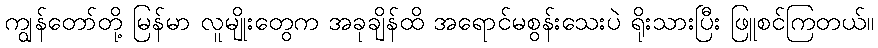
ကျွန်တော်တို့ မြန်မာ လူမျိုးတွေက အခုချိန်ထိ အရောင်မစွန်းသေးပဲ ရိုးသားပြီး ဖြူစင်ကြတယ်။